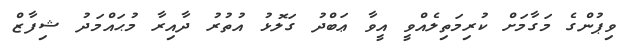
ވިޕުންގެ މަގާމަށް ކުރިމަތިލެއްވީ އީވާ ޢަބްދު ގަލޮޅު އުތުރު ދާއިރާ މުޙައްމަދު ޝިފާޒް